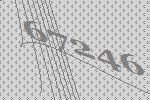
67246